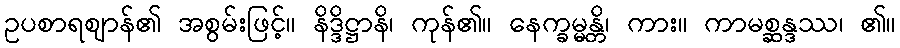
ဥပစာရဈာန်၏ အစွမ်းဖြင့်။ နိဒ္ဒိဋ္ဌာနိ၊ ကုန်၏။ နေက္ခမ္မန္တိ၊ ကား။ ကာမစ္ဆန္ဒဿ၊ ၏။